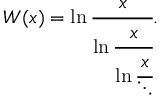
W ( x ) = \ln { \cfrac { x } { \ln { \cfrac { x } { \ln { \cfrac { x } { \ddots } } } } } } .